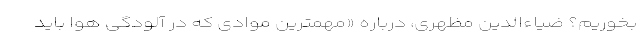
بخوریم؟ ضیاءالدین مظهری، درباره «مهمترین موادی که در آلودگی هوا باید